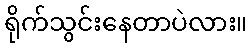
ရိုက်သွင်းနေတာပဲလား။